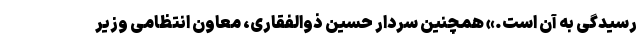
رسیدگی به آن است.» همچنین سردار حسین ذوالفقاری، معاون انتظامی وزیر